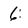
Character: 6